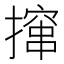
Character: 撺